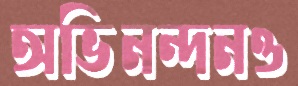
অভিনন্দনও